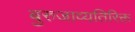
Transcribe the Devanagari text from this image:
बुरुजाव्यतिरिक्त